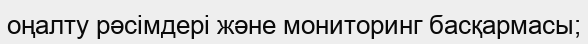
оңалту рәсімдері және мониторинг басқармасы;